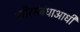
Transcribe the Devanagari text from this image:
शरीरसंबंधाआधी